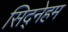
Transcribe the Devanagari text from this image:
सिद्नेहम